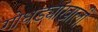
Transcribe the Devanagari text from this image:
गोधड्यांखाली